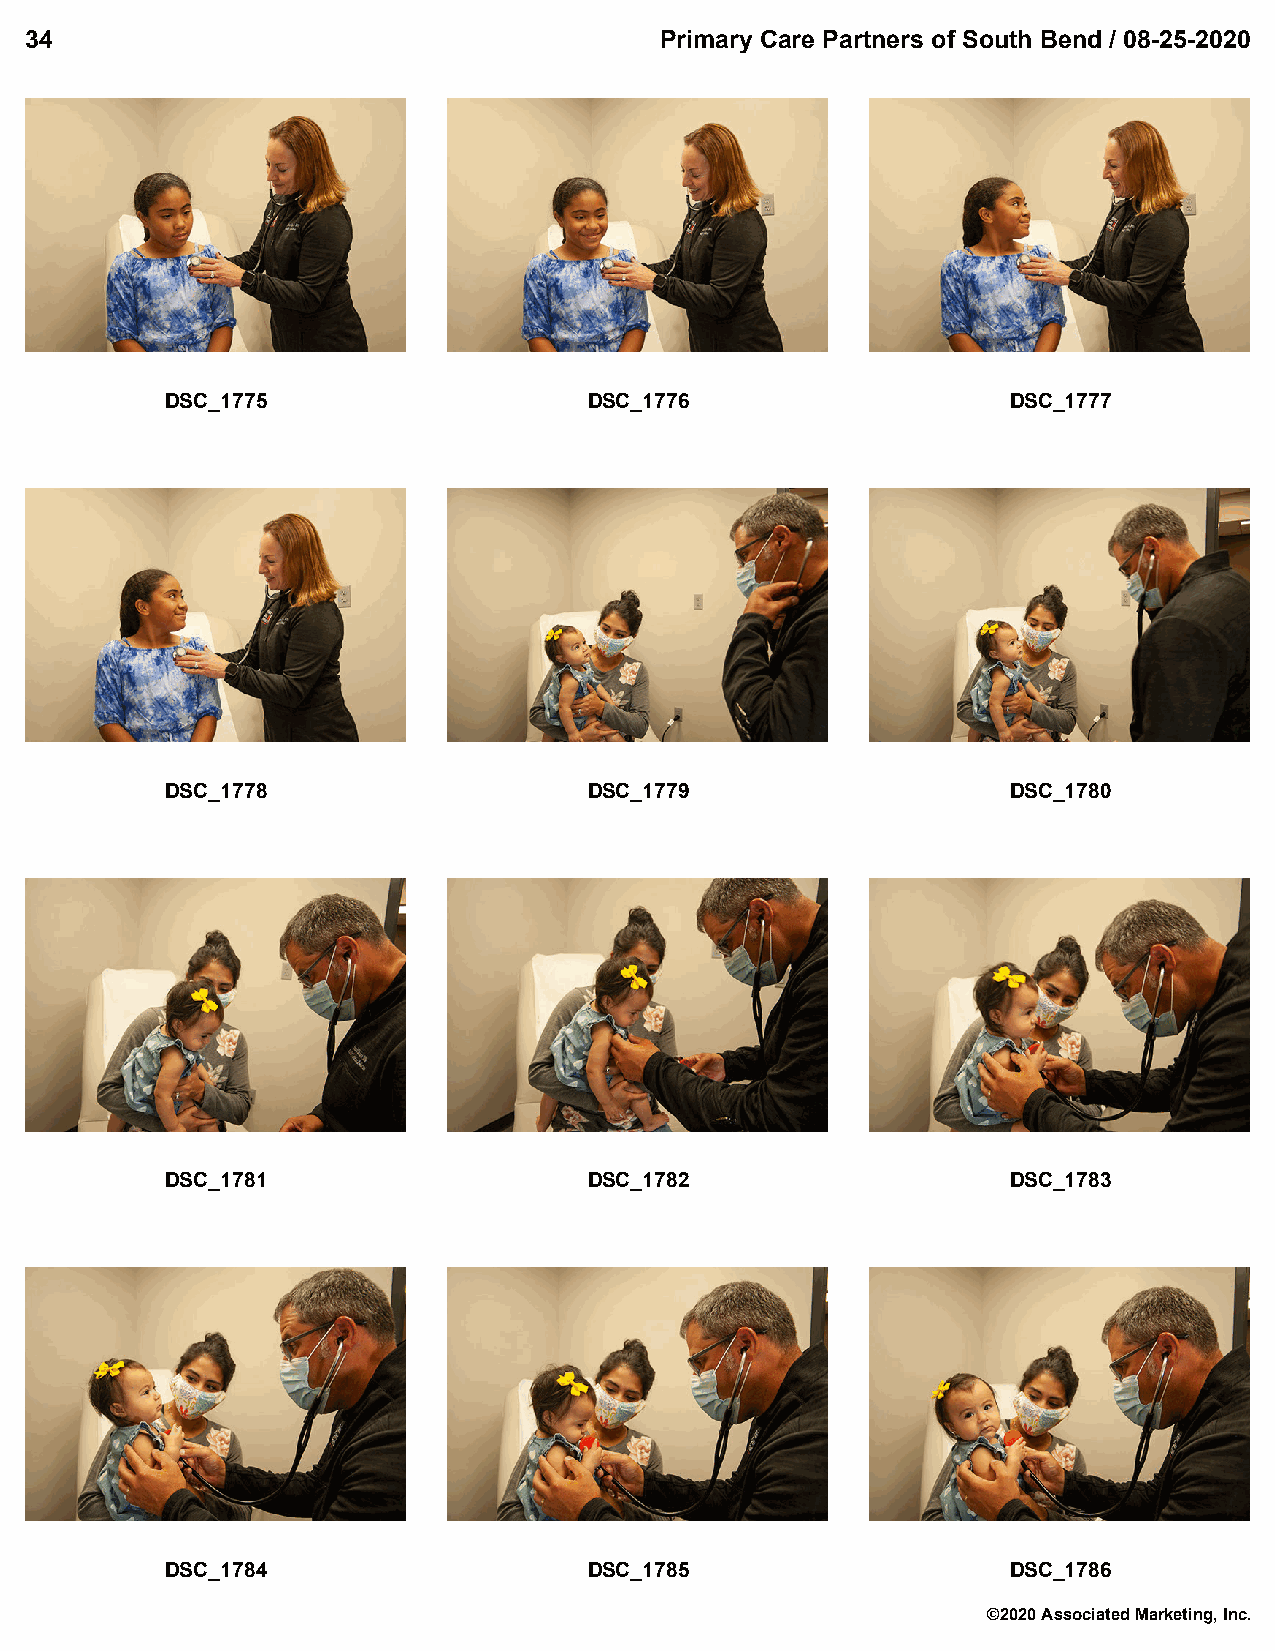
34                                        Primary Care Partners of South Bend / 08-25-2020
 DSC_1775                    DSC_1776                    DSC_1777
 DSC_1778                    DSC_1779                    DSC_1780
 DSC_1781                    DSC_1782                    DSC_1783
 DSC_1784                    DSC_1785                    DSC_1786
 ©2020 Associated Marketing, Inc.